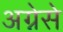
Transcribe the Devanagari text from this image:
अग्नेसे